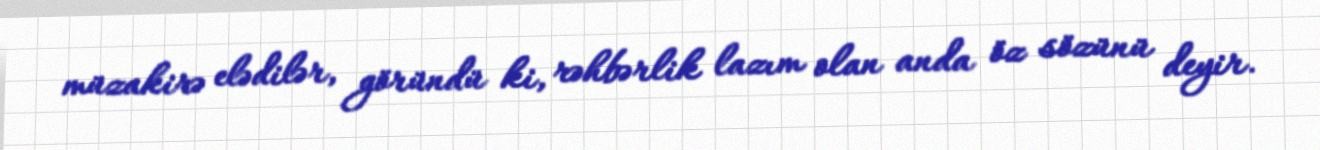
müzakirə elədilər, göründü ki, rəhbərlik lazım olan anda öz sözünü deyir.